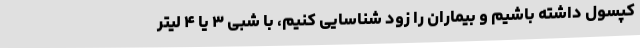
کپسول داشته باشیم و بیماران را زود شناسایی کنیم، با شبی ۳ یا ۴ لیتر